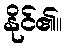
နိုင်၏။